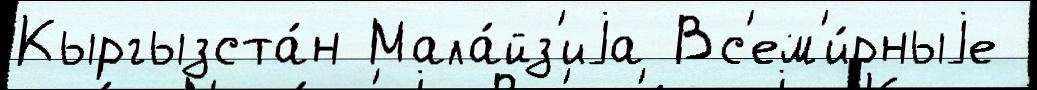
Кыргызста́н Мала́йз'иjа Вс'ем'и́рныjе